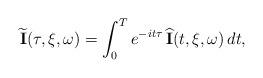
LaTeX: \begin{align*} \widetilde{\mathbf I}(\tau,\xi,\omega) = \int_0^T e^{-it\tau} \, \widehat{\mathbf I}(t,\xi,\omega) \, dt,\end{align*}